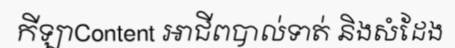
កីឡាContent អាជីពបាល់ទាត់ និងសំដែង